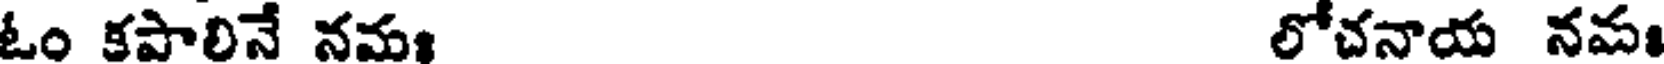
ఓం కపాలినే నమ లోచనాయ నమ